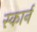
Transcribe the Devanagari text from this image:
स्कार्न